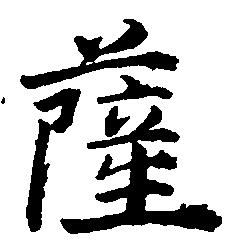
薩